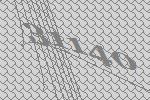
31140